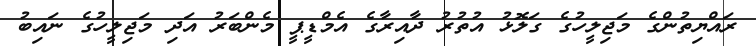
ރައްޔިތުންގެ މަޖިލީހުގެ ގަލޮޅު އުތުރު ދާއިރާގެ އެމްޑީޕީ މެންބަރު އަދި މަޖިލީހުގެ ނައިބު